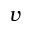
v